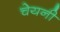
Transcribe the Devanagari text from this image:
चेयनी